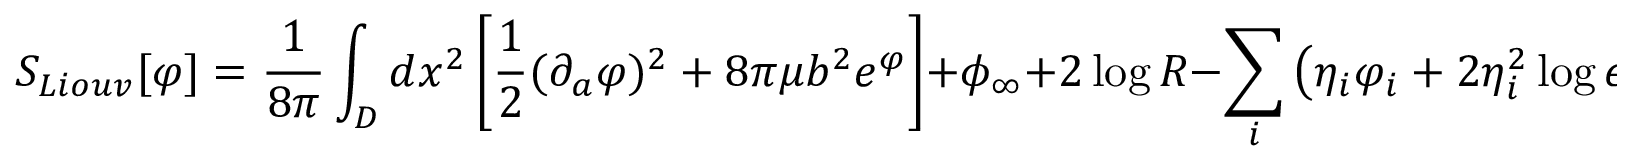
S _ { L i o u v } [ \varphi ] = { \frac { 1 } { 8 \pi } } \int _ { D } d x ^ { 2 } \left[ { \frac { 1 } { 2 } } ( \partial _ { a } \varphi ) ^ { 2 } + 8 \pi \mu b ^ { 2 } e ^ { \varphi } \right] + \phi _ { \infty } + 2 \log { R } - \sum _ { i } \left( \eta _ { i } \varphi _ { i } + 2 \eta _ { i } ^ { 2 } \log { \epsilon _ { i } } \right) .